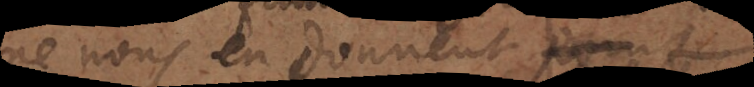
ne nous en donnent